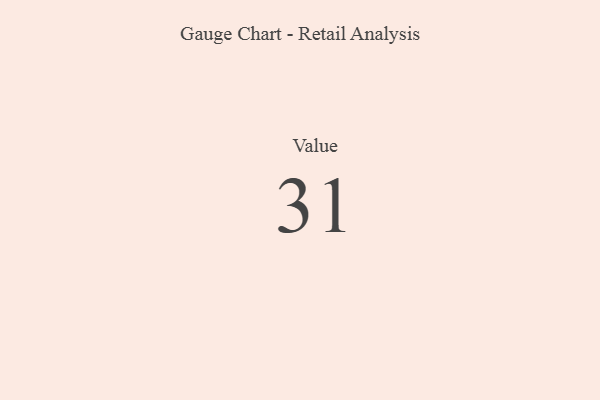
{"axis": {"x": "Metric", "y": "Value"}, "legend": [""], "data": [{"x": "Value", "y": 31, "type": ""}]}